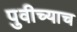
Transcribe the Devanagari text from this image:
पुवीच्याच